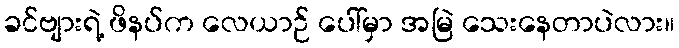
ခင်ဗျားရဲ့ ဖိနပ်က လေယာဉ် ပေါ်မှာ အမြဲ သေးနေတာပဲလား။